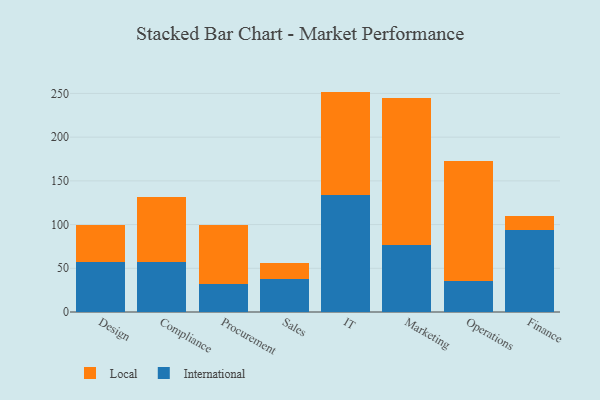
{"axis": {"x": "Department", "y": "Shipments"}, "legend": ["International", "Local"], "data": [{"x": "Design", "y": 57.1, "type": "International"}, {"x": "Design", "y": 42.5, "type": "Local"}, {"x": "Compliance", "y": 57.5, "type": "International"}, {"x": "Compliance", "y": 74.2, "type": "Local"}, {"x": "Procurement", "y": 32.2, "type": "International"}, {"x": "Procurement", "y": 67.2, "type": "Local"}, {"x": "Sales", "y": 37.6, "type": "International"}, {"x": "Sales", "y": 18.4, "type": "Local"}, {"x": "IT", "y": 133.7, "type": "International"}, {"x": "IT", "y": 118.4, "type": "Local"}, {"x": "Marketing", "y": 76.1, "type": "International"}, {"x": "Marketing", "y": 168.2, "type": "Local"}, {"x": "Operations", "y": 34.9, "type": "International"}, {"x": "Operations", "y": 137.8, "type": "Local"}, {"x": "Finance", "y": 93.4, "type": "International"}, {"x": "Finance", "y": 16.8, "type": "Local"}]}